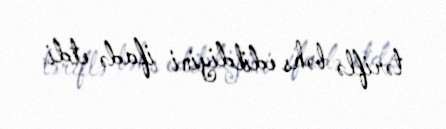
təriflə bəhs edildiyini ifadə etdi.